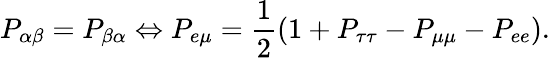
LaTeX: P_{\alpha\beta}=P_{\beta\alpha}\Leftrightarrow P_{e\mu}=\frac{1}{2}(1+P_{\tau\tau}-P_{\mu\mu}-P_{ee}).